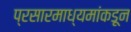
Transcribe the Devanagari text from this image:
प्रसारमाध्यमांकडून